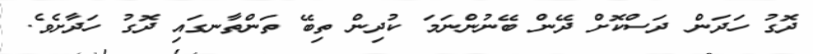
ދޮގު ހަދަން ދަސްކޮށް ދޭން ބޭނުންނަމަ ކުދިން ތިބޭ ތަންތާނގައި ދޮގު ހަދާށެވެ.